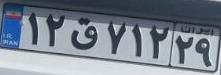
۱۲ق۷۱۲۲۹